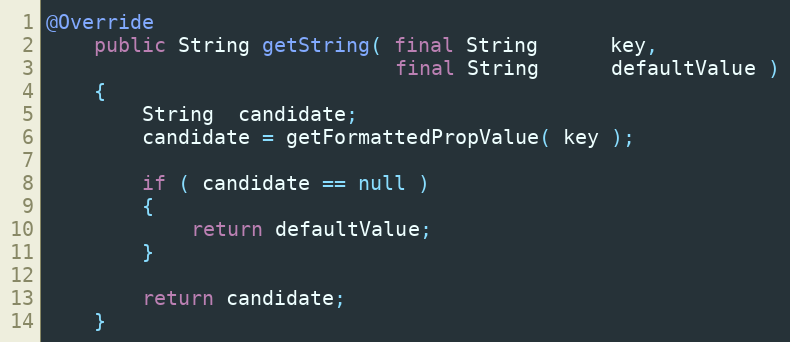
Language: Java
@Override
    public String getString( final String      key,
                             final String      defaultValue )
    {
        String  candidate;
        candidate = getFormattedPropValue( key );

        if ( candidate == null )
        {
            return defaultValue;
        }

        return candidate;
    }